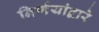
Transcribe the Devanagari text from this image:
निर्णयांद्वारे